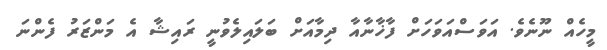
މީހެއް ނޫނެވެ. އަވަސްއަވަހަށް ފާޚާނާއާ ދިމާއަށް ބަލައިލެވުނީ ރައިޝާ އެ މަންޒަރު ފެންނަ